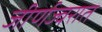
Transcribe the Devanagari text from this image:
जीर्णज्वरात